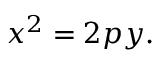
x ^ { 2 } = 2 p y .